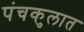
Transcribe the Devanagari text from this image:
पंचकुलात